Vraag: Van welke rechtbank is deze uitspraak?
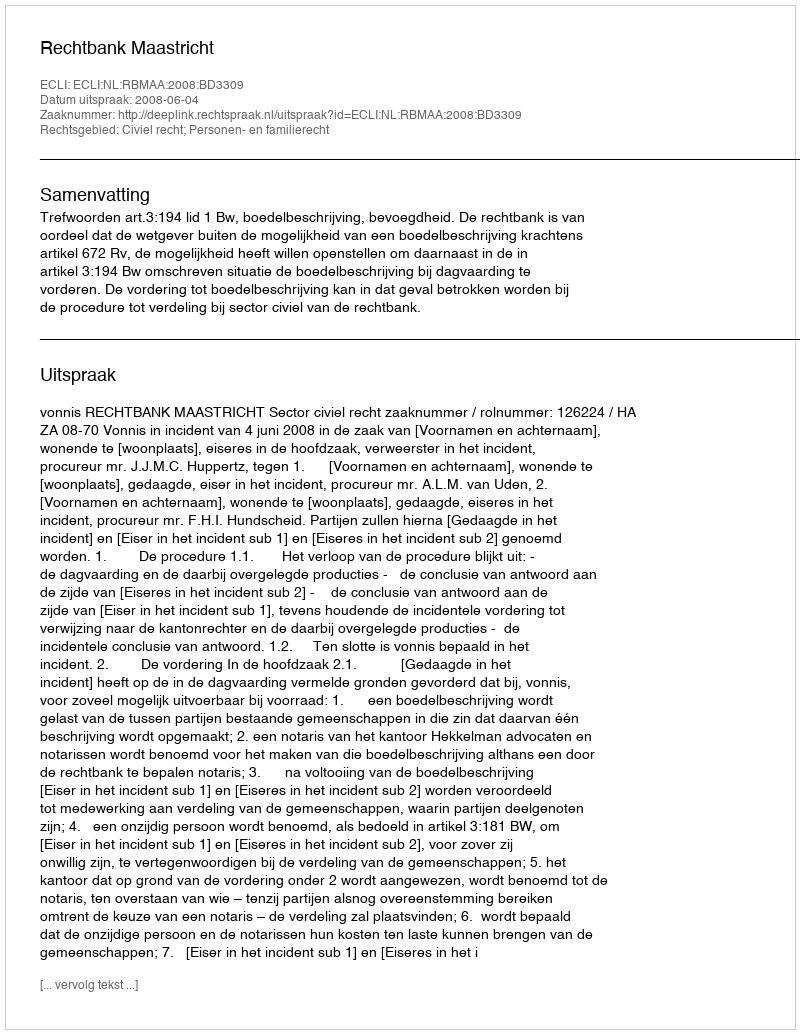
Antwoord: Rechtbank Maastricht